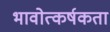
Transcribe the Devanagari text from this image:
भावोत्कर्षकता